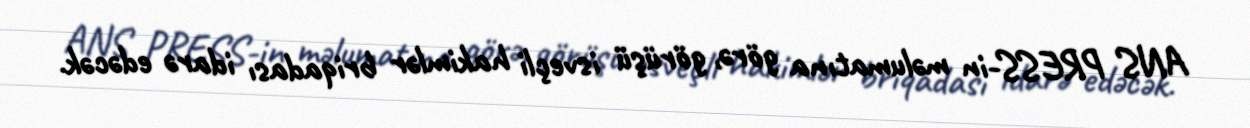
ANS PRESS-in məlumatına görə, görüşü isveçli hakimlər briqadası idarə edəcək.